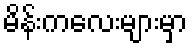
မိန်းကလေးများမှာ